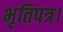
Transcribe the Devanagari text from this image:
भृतिपत्र।